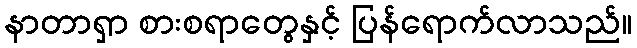
နာတာရှာ စားစရာတွေနှင့် ပြန်ရောက်လာသည်။